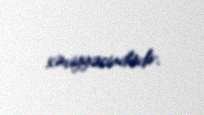
səviyyəsindədir.